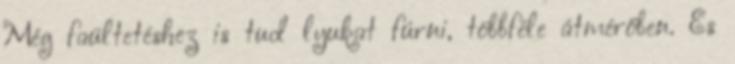
Még faültetéshez is tud lyukat fúrni, többféle átmérőben. És